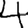
Digit: 4